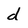
Character: d